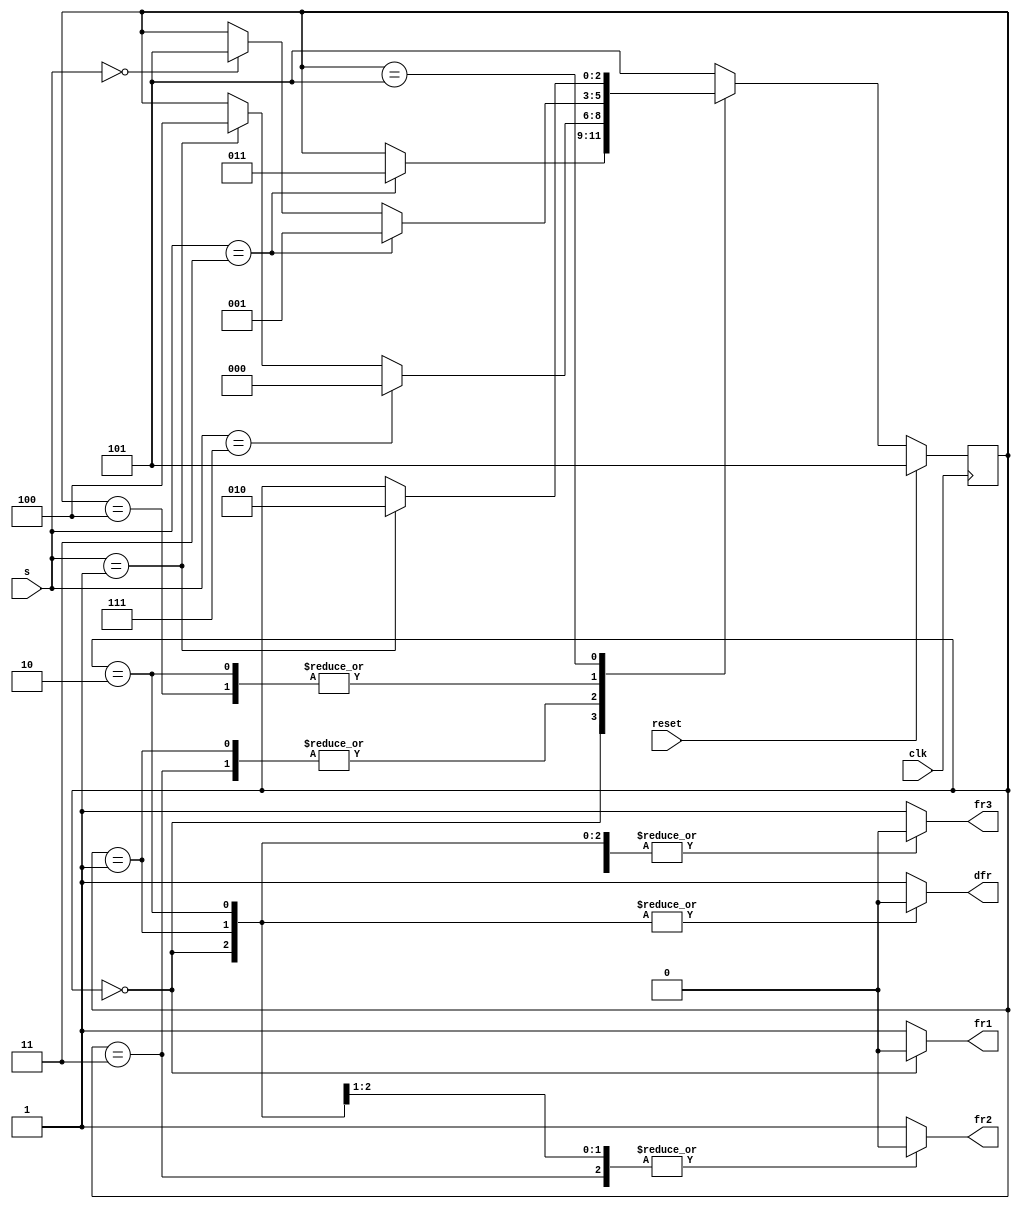
module top_module (
    input clk,
    input reset,
    input [3:1] s,
    output fr3,
    output fr2,
    output fr1,
    output dfr
); 
    parameter OFF = 3'd0, F1 = 3'd1,F12 = 3'd2, F1S = 3'd3, F12S = 3'd4, F123S = 3'd5;
    reg [2:0] current_state = F1, next_state;
    
    always@ (*) begin
        case(current_state)
            OFF  : begin
                if(s == 3'b011) begin
                    next_state = F1S;
                end
                else begin
                    next_state = current_state;
                end
            end
            F1   : begin
                if(s == 3'b111) begin
                    next_state = OFF;
                end
                else if(s == 3'b001) begin
                    next_state = F12S;
                end
                else begin
                    next_state = current_state;
                end
            end
            F12   : begin
                if(s == 3'b011) begin
                    next_state = F1;
                end
                else if(s == 3'b000) begin
                    next_state = F123S;
                end
                else begin
                    next_state = current_state;
                end
            end
            F1S  : begin
                if(s == 3'b111) begin
                    next_state = OFF;
                end
                else if(s == 3'b001) begin
                    next_state = F12S;
                end
                else begin
                    next_state = current_state;
                end
            end
            F12S : begin
                if(s == 3'b011) begin
                    next_state = F1;
                end
                else if(s == 3'b000) begin
                    next_state = F123S;
                end
                else begin
                    next_state = current_state;
                end
            end
            F123S: begin
                if(s == 3'b001) begin
                    next_state = F12;
                end
                else begin
                    next_state = current_state;
                end
            end
            default: next_state = F123S;
        endcase
    end
    
    always@ (posedge clk) begin
        if(reset) begin
            current_state <= F123S;
        end
        else begin
            current_state <= next_state;
        end
    end
    
    always@ (*) begin
        case(current_state)
            OFF: begin
                fr3 = 1'b0;
                fr2 = 1'b0;
                fr1 = 1'b0;
                dfr = 1'b0;
            end
            F1: begin
                fr3 = 1'b0;
                fr2 = 1'b0;
                fr1 = 1'b1;
                dfr = 1'b0;
            end
            F12: begin
                fr3 = 1'b0;
                fr2 = 1'b1;
                fr1 = 1'b1;
                dfr = 1'b0;
            end
            F1S: begin
                fr3 = 1'b0;
                fr2 = 1'b0;
                fr1 = 1'b1;
                dfr = 1'b1;
            end
            F12S: begin
                fr3 = 1'b0;
                fr2 = 1'b1;
                fr1 = 1'b1;
                dfr = 1'b1;
            end
            F123S: begin
                fr3 = 1'b1;
                fr2 = 1'b1;
                fr1 = 1'b1;
                dfr = 1'b1;
            end
            default: begin
                fr3 = 1'b1;
                fr2 = 1'b1;
                fr1 = 1'b1;
                dfr = 1'b1;
            end 
        endcase
    end
    
endmodule